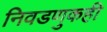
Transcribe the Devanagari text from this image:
निवडणुकही